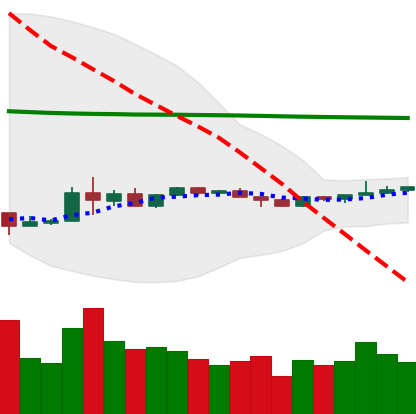
Ticker: EOS-USD
Chart end date: 2020-04-04
Forward return: 15.422%
Label: up_7plus